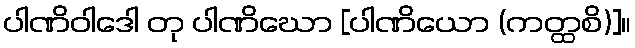
ပါဏိဝါဒေါ တု ပါဏိဃော [ပါဏိယော (ကတ္ထစိ)]။